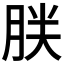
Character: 𰮤